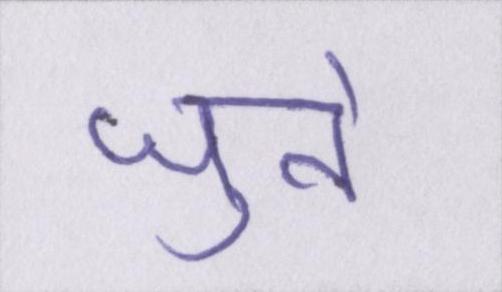
जुते